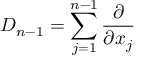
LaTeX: D _ { n - 1 } = \sum _ { j = 1 } ^ { n - 1 } { \frac { \partial } { \partial x _ { j } } }